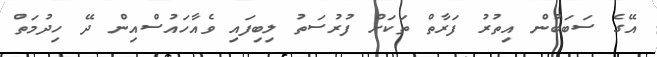
އޭގެ ސަބަބުން އިތުރު ފަރާތް ތަކަށް ފުރުސަތު ލިބިފައި ވެއާހައުސްއިން ދޭ ހިދުމަތް